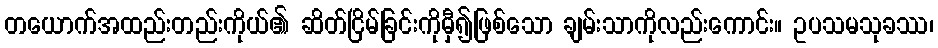
တယောက်အထည်းတည်းကိုယ်၏ ဆိတ်ငြိမ်ခြင်းကိုမှီ၍ဖြစ်သော ချမ်းသာကိုလည်းကောင်း။ ဥပသမသုခဿ၊